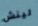
لينش